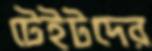
টেইটদের